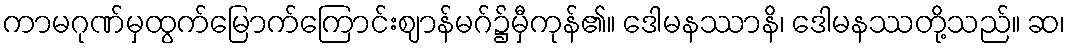
ကာမဂုဏ်မှထွက်မြောက်ကြောင်းဈာန်မဂ်၌မှီကုန်၏။ ဒေါမနဿာနိ၊ ဒေါမနဿတို့သည်။ ဆ၊